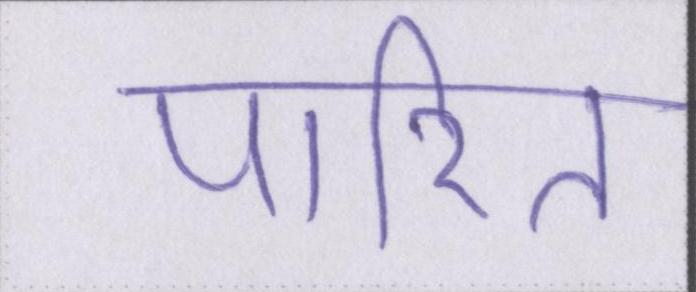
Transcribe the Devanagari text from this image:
पारित